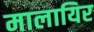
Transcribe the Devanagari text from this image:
मालायिर